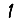
Digit: 1